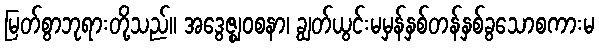
မြတ်စွာဘုရားတို့သည်။ အဒွေဇ္ဈဝစနာ၊ ချွတ်ယွင်းမမှန်နှစ်တန်နှစ်ခွသောစကားမ